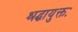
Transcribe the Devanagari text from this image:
श्रद्धायुक्तः